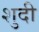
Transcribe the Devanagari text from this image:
शुदी